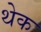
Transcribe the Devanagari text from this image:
थेक